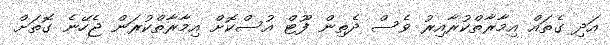
އަދި ގެތައް އިމާރާތްކުރާއިރު ވެސް ދެތިން ފޫޓް އުސްކޮށް އިމާރާތްކުރަން ޖެހޭނެ ގޮތަށް